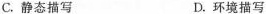
C.静态描写 D.环境描写